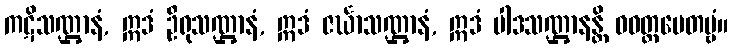
ကဋိသဏ္ဌာနံ, ဣဒံ ဦရုသဏ္ဌာနံ, ဣဒံ ဇင်္ဃာသဏ္ဌာနံ, ဣဒံ ပါဒသဏ္ဌာနန္တိ ဝဝတ္ထပေတဗ္ဗံ။